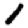
Digit: 1